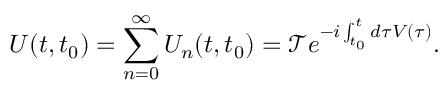
U ( t , t _ { 0 } ) = \sum _ { n = 0 } ^ { \infty } U _ { n } ( t , t _ { 0 } ) = { \mathcal { T } } e ^ { - i \int _ { t _ { 0 } } ^ { t } { d \tau V ( \tau ) } } .